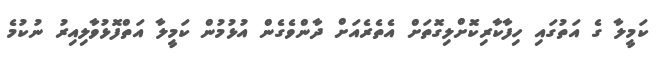
ކަމީލާ ގެ އަތުގައި ހިފާކާރިކޮށްލިގޮތަށް އެތެރެއަށް ދާންވެގެން އުޅުމުން ކަމީލާ އަތްފޮޅުވާލިއިރު ނުކުމެ